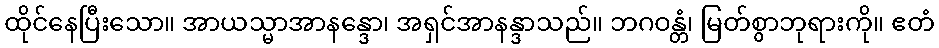
ထိုင်နေပြီးသော။ အာယသ္မာအာနန္ဒော၊ အရှင်အာနန္ဒာသည်။ ဘဂဝန္တံ၊ မြတ်စွာဘုရားကို။ ဧတံ